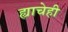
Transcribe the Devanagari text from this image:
ह्याचेही